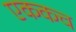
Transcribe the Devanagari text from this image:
एककच